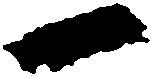
一